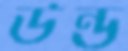
উন্ড